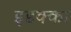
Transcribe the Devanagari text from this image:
इडक्‍का